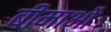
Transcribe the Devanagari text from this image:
बीमाओं